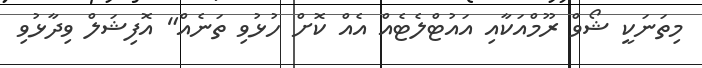
މިތަނަކީ ޝޯވް ރޫމްއަކާއި އައުޓްލެޓެއް އެއް ކޮށް ހުޅުވި ތަނެއް" އޮފިޝަލް ވިދާޅުވި